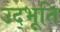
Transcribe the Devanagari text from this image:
उद्भूति